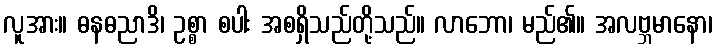
လူအား။ ဓနဓညာဒိ၊ ဥစ္စာ စပါး အစရှိသည်တို့သည်။ လာဘော၊ မည်၏။ အလဗ္ဘမာနော၊